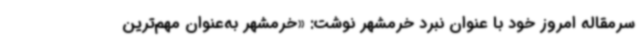
سرمقاله امروز خود با عنوان نبرد خرمشهر نوشت: «خرمشهر به‌عنوان مهم‌ترین